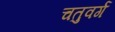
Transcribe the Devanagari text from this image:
चतुवर्ग